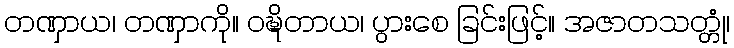
တဏှာယ၊ တဏှာကို။ ဝဍ္ဎိတာယ၊ ပွားစေ ခြင်းဖြင့်။ အဇာတသတ္တုံ၊